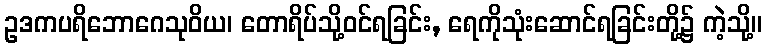
ဥဒကပရိဘောဂေသုဝိယ၊ တောရိပ်သို့ဝင်ရခြင်း, ရေကိုသုံးဆောင်ရခြင်းတို့၌ ကဲ့သို့။